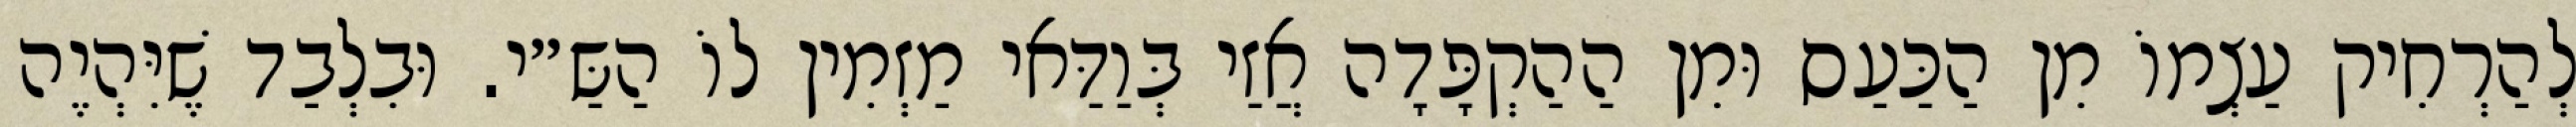
לְהַרְחִיק עַצְמוֹ מִן הַכַּעַס וּמִן הַהַקְפָּדָה אֲזַי בְּוַדַּאי מַזְמִין לוֹ הַשַּ״י. וּבִלְבַד שֶׁיִּהְיֶה